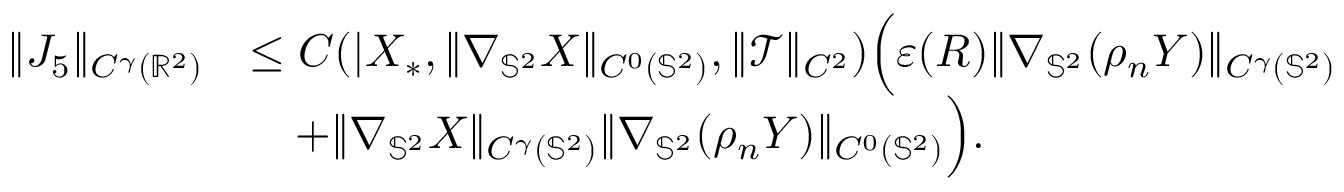
\begin{array} { r l } { \| J _ { 5 } \| _ { C ^ { \gamma } ( \mathbb { R } ^ { 2 } ) } } & { \leq C ( | \boldsymbol { X } _ { * } , \| \nabla _ { \mathbb { S } ^ { 2 } } \boldsymbol { X } \| _ { C ^ { 0 } ( \mathbb { S } ^ { 2 } ) } , \| \mathcal { T } \| _ { C ^ { 2 } } ) \Big ( \varepsilon ( R ) \| \nabla _ { \mathbb { S } ^ { 2 } } ( \rho _ { n } \boldsymbol { Y } ) \| _ { C ^ { \gamma } ( \mathbb { S } ^ { 2 } ) } } \\ & { \quad + \| \nabla _ { \mathbb { S } ^ { 2 } } \boldsymbol { X } \| _ { C ^ { \gamma } ( \mathbb { S } ^ { 2 } ) } \| \nabla _ { \mathbb { S } ^ { 2 } } ( \rho _ { n } \boldsymbol { Y } ) \| _ { C ^ { 0 } ( \mathbb { S } ^ { 2 } ) } \Big ) . } \end{array}